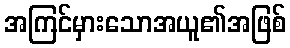
အကြင်မှားသောအယူ၏အဖြစ်